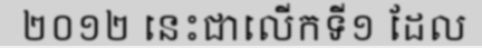
២០១២ នេះជាលើកទី១ ដែល